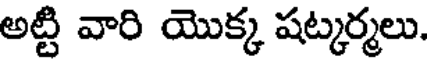
అట్టి వారి యొక్క షట్కర్మలు.